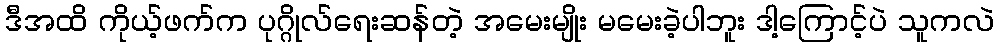
ဒီအထိ ကိုယ့်ဖက်က ပုဂ္ဂိုလ်ရေးဆန်တဲ့ အမေးမျိုး မမေးခဲ့ပါဘူး ဒါ့ကြောင့်ပဲ သူကလဲ